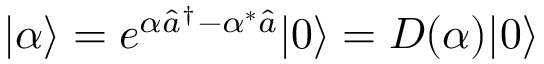
| \alpha \rangle = e ^ { \alpha { \hat { a } } ^ { \dagger } - \alpha ^ { * } { \hat { a } } } | 0 \rangle = D ( \alpha ) | 0 \rangle